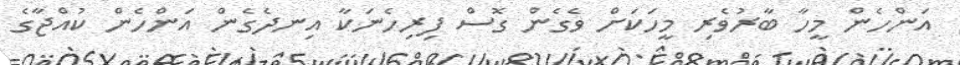
އަންހެން މީހާ ބާރުވެރި މީހަކަށް ވެގެން ގޮސް ފިރިހެނަކާ އިނދެގެން އަންހެން ކުއްޖާގެ